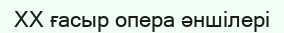
XX ғасыр опера әншілері